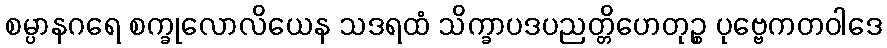
စမ္ပာနဂရေ စက္ခုလောလိယေန သဒရထံ သိက္ခာပဒပညတ္တိဟေတုဉ္စ ပုဗ္ဗေကတဝါဒေ